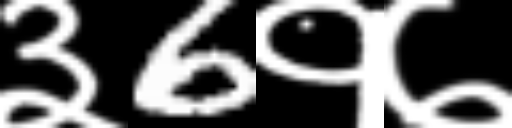
Text: ३6१७